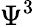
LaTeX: \Psi^{3}